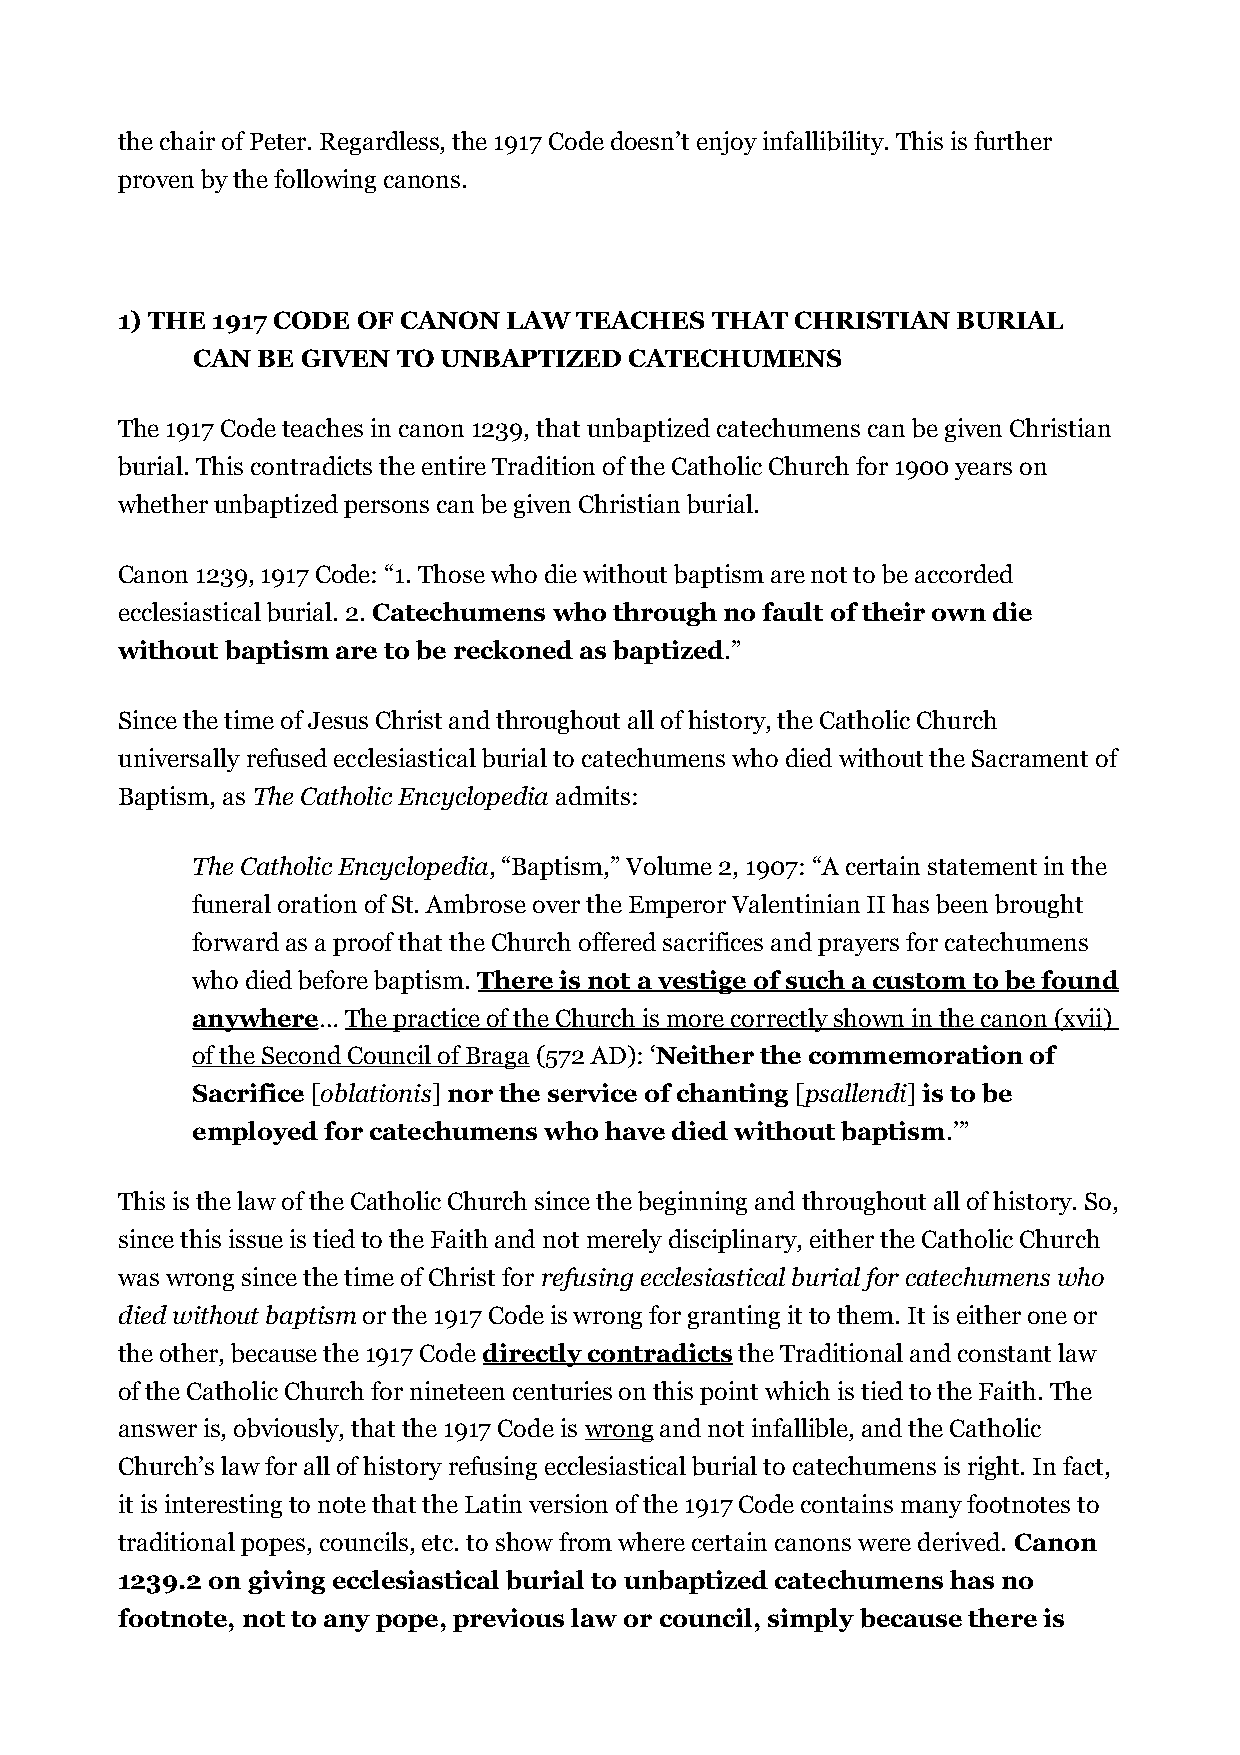
the chair of Peter. Regardless, the 1917 Code doesn’t enjoy infallibility. This is further
 proven by the following canons.
 1) THE 1917 CODE OF CANON LAW TEACHES  THAT  CHRISTIAN BURIAL
 CAN BE GIVEN TO UNBAPTIZED   CATECHUMENS
 The 1917 Code teaches in canon 1239, that unbaptized catechumens can be given Christian
 burial. This contradicts the entire Tradition of the Catholic Church for 1900 years on
 whether unbaptized persons can be given Christian burial.
 Canon 1239, 1917 Code: “1. Those who die without baptism are not to be accorded
 ecclesiastical burial. 2. Catechumens who through no fault of their own die
 without baptism are to be reckoned as baptized.”
 Since the time of Jesus Christ and throughout all of history, the Catholic Church
 universally refused ecclesiastical burial to catechumens who died without the Sacrament of
 Baptism, as The Catholic Encyclopedia admits:
 The Catholic Encyclopedia, “Baptism,” Volume 2, 1907: “A certain statement in the
 funeral oration of St. Ambrose over the Emperor Valentinian II has been brought
 forward as a proof that the Church offered sacrifices and prayers for catechumens
 who died before baptism. There is not a vestige of such a custom to be found
 anywhere… The practice of the Church is more correctly shown in the canon (xvii)
 of the Second Council of Braga (572 AD): ‘Neither the commemoration of
 Sacrifice [oblationis] nor the service of chanting [psallendi] is to be
 employed for catechumens who have died without baptism.’”
 This is the law of the Catholic Church since the beginning and throughout all of history. So,
 since this issue is tied to the Faith and not merely disciplinary, either the Catholic Church
 was wrong since the time of Christ for refusing ecclesiastical burial for catechumens who
 died without baptism or the 1917 Code is wrong for granting it to them. It is either one or
 the other, because the 1917 Code directly contradicts the Traditional and constant law
 of the Catholic Church for nineteen centuries on this point which is tied to the Faith. The
 answer is, obviously, that the 1917 Code is wrong and not infallible, and the Catholic
 Church’s law for all of history refusing ecclesiastical burial to catechumens is right. In fact,
 it is interesting to note that the Latin version of the 1917 Code contains many footnotes to
 traditional popes, councils, etc. to show from where certain canons were derived. Canon
 1239.2 on giving ecclesiastical burial to unbaptized catechumens has no
 footnote, not to any pope, previous law or council, simply because there is